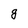
Character: g